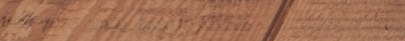
مطعم النخبة يقدم لكم أطبا